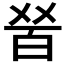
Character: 𤽠